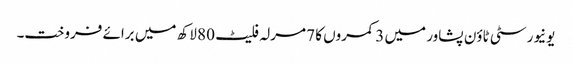
یونیورسٹی ٹاؤن پشاور میں 3 کمروں کا 7 مرلہ فلیٹ 80 لاکھ میں برائے فروخت۔